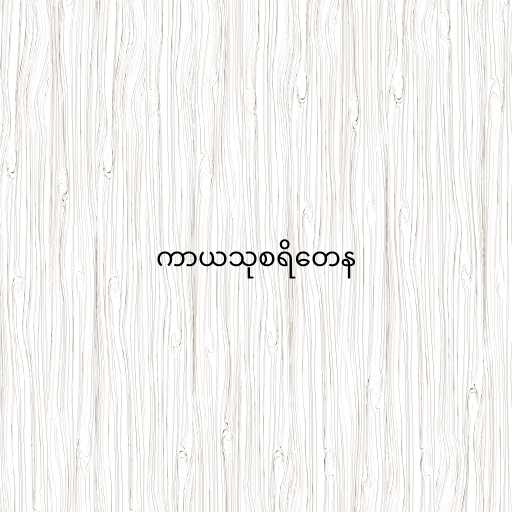
ကာယသုစရိတေန